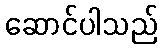
ဆောင်ပါသည်